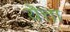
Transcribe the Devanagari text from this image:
यॆत्ता